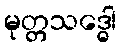
မုတ္တသဒ္ဓေါ